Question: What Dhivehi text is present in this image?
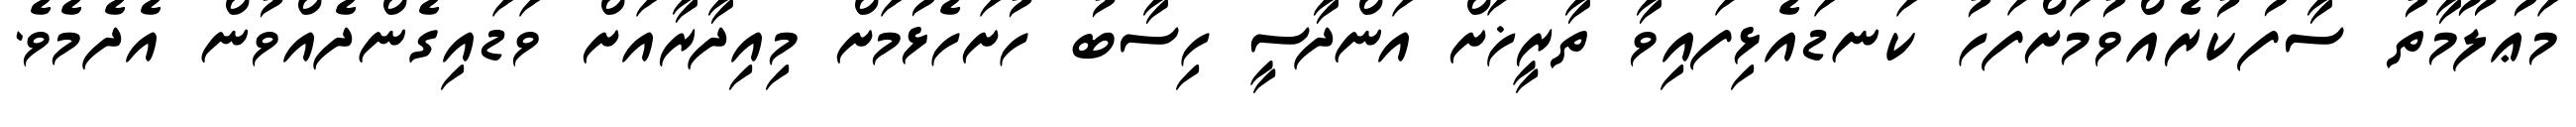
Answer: މަޢުލޫމާތު ސާފުކުރެއްވުމަށްފަހު ކަނޑައެޅިފައިވާ ތާރީޚަށް އަންދާސީ ހިސާބު ހުށަހެޅުމަށް މިއިދާރާއަށް ވަޑައިގެންދެއްވުން އެދެމެވެ.